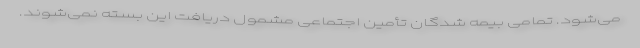
می‌شود. تمامی بیمه شدگان تأمین اجتماعی مشمول دریافت این بسته نمی‌شوند.